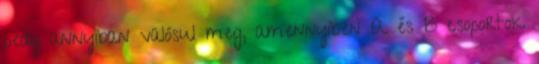
pedig annyiban valósul meg, amennyiben A és B csoportok